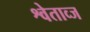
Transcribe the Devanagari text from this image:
श्वेताव्ज